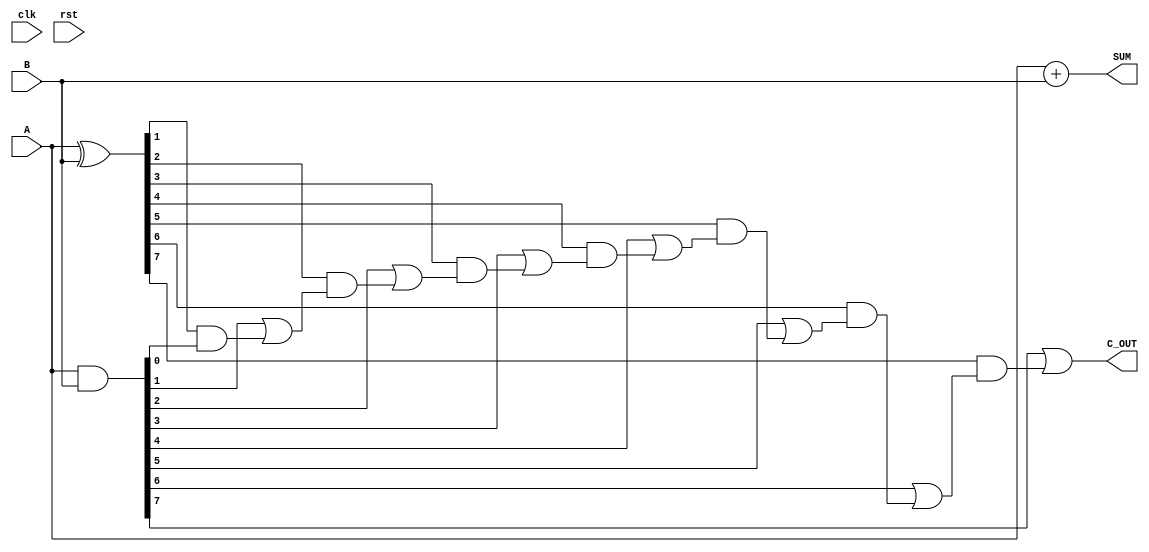
module carry_lookahead_adder(
    input wire clk,
    input wire rst,
    input wire [7:0] A,
    input wire [7:0] B,
    output wire [7:0] SUM,
    output wire C_OUT
);

wire [7:0] P, G;
wire [8:0] C;

assign P = A ^ B;
assign G = A & B;

assign C[0] = 1'b0;
assign C[1] = G[0] | (P[0] & C[0]);
assign C[2] = G[1] | (P[1] & C[1]);
assign C[3] = G[2] | (P[2] & C[2]);
assign C[4] = G[3] | (P[3] & C[3]);
assign C[5] = G[4] | (P[4] & C[4]);
assign C[6] = G[5] | (P[5] & C[5]);
assign C[7] = G[6] | (P[6] & C[6]);
assign C[8] = G[7] | (P[7] & C[7]);

assign SUM = A + B;
assign C_OUT = C[8];

endmodule